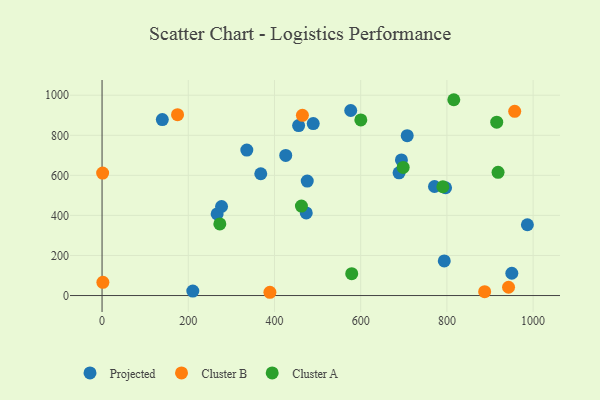
{"axis": {"x": "Engine Size", "y": "Yield"}, "legend": ["Cluster A", "Cluster B", "Projected"], "data": [{"x": "950.6", "y": 111.2, "type": "Projected"}, {"x": "476.0", "y": 571.4, "type": "Projected"}, {"x": "267.0", "y": 407.3, "type": "Projected"}, {"x": "793.9", "y": 173.0, "type": "Projected"}, {"x": "771.2", "y": 544.5, "type": "Projected"}, {"x": "576.9", "y": 923.8, "type": "Projected"}, {"x": "473.7", "y": 412.4, "type": "Projected"}, {"x": "689.0", "y": 612.6, "type": "Projected"}, {"x": "707.9", "y": 797.9, "type": "Projected"}, {"x": "139.8", "y": 878.7, "type": "Projected"}, {"x": "277.2", "y": 444.5, "type": "Projected"}, {"x": "426.1", "y": 699.6, "type": "Projected"}, {"x": "210.5", "y": 22.4, "type": "Projected"}, {"x": "986.7", "y": 353.4, "type": "Projected"}, {"x": "456.0", "y": 848.5, "type": "Projected"}, {"x": "796.9", "y": 538.2, "type": "Projected"}, {"x": "335.8", "y": 726.0, "type": "Projected"}, {"x": "368.2", "y": 608.0, "type": "Projected"}, {"x": "489.9", "y": 858.6, "type": "Projected"}, {"x": "694.5", "y": 677.2, "type": "Projected"}, {"x": "464.8", "y": 899.6, "type": "Cluster B"}, {"x": "175.1", "y": 903.0, "type": "Cluster B"}, {"x": "389.4", "y": 16.3, "type": "Cluster B"}, {"x": "957.3", "y": 919.6, "type": "Cluster B"}, {"x": "887.6", "y": 19.2, "type": "Cluster B"}, {"x": "1.9", "y": 65.9, "type": "Cluster B"}, {"x": "943.0", "y": 41.3, "type": "Cluster B"}, {"x": "1.3", "y": 611.3, "type": "Cluster B"}, {"x": "698.6", "y": 639.4, "type": "Cluster A"}, {"x": "462.5", "y": 446.6, "type": "Cluster A"}, {"x": "273.2", "y": 357.4, "type": "Cluster A"}, {"x": "816.0", "y": 977.6, "type": "Cluster A"}, {"x": "915.6", "y": 865.3, "type": "Cluster A"}, {"x": "600.3", "y": 876.9, "type": "Cluster A"}, {"x": "790.6", "y": 543.2, "type": "Cluster A"}, {"x": "579.2", "y": 109.1, "type": "Cluster A"}, {"x": "918.7", "y": 615.2, "type": "Cluster A"}]}